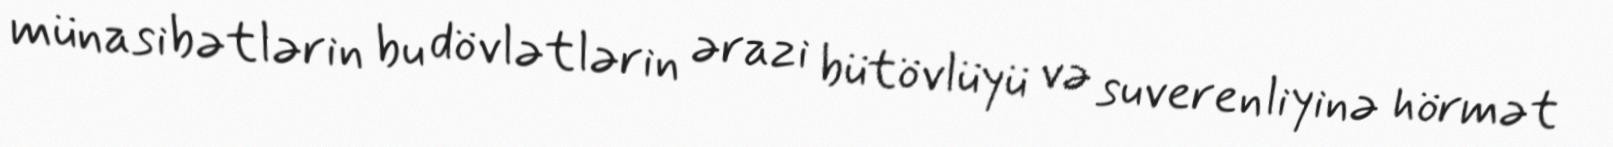
münasibətlərin bu dövlətlərin ərazi bütövlüyü və suverenliyinə hörmət